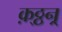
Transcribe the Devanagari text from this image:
क़्ठ्ठन्र्